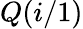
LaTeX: Q(i/1)